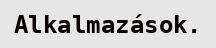
Alkalmazások.